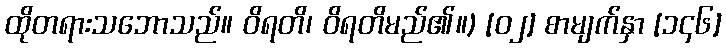
ထိုတရားသဘောသည်။ ဝိရတိ၊ ဝိရတိမည်၏။) [၀၂] စာမျက်နှာ [၁၄၆]